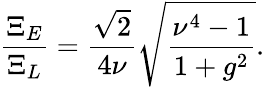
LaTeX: \frac{\Xi_{E}}{\Xi_{L}}=\frac{\sqrt{2}}{4\nu}\sqrt{\frac{\nu^{4}-1}{1+g^{2}}}.